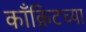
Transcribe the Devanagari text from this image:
काँक्रिटच्या